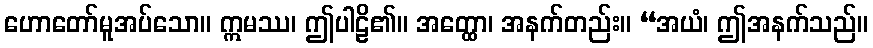
ဟောတော်မူအပ်သော။ ဣမဿ၊ ဤပါဠိ၏။ အတ္ထော၊ အနက်တည်း။ “အယံ၊ ဤအနက်သည်။